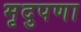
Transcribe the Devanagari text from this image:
मृदुपणा